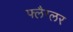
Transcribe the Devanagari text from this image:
फ्लैग्लर